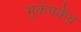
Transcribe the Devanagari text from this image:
भूकंपकेंद्र